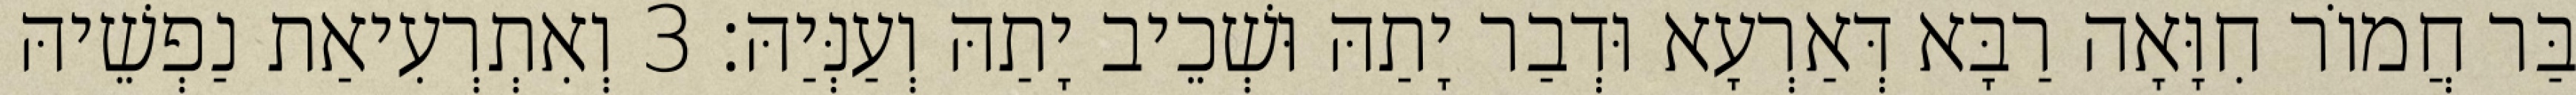
בַּר חֲמוֹר חִוָּאָה רַבָּא דְּאַרְעָא וּדְבַר יָתַהּ וּשְׁכֵיב יָתַהּ וְעַנְּיַהּ׃ 3 וְאִתְרְעִיאַת נַפְשֵׁיהּ